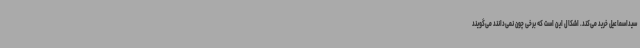
سیداسماعیل خرید می‌کند. اشکال این است که برخی چون نمی‌دانند می‌گویند